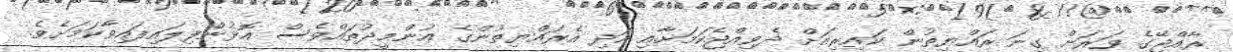
ރާއްޖޭގެ ވަރަށް ގިނަ ރައްޔިތުން ކައިރިއަށް ދެވިއްޖެކަމަށާއި އަދި އެރައްޔިތުންގެ އުންމީދުތައްވެސް އޮޅުންފިލައިފައިވާކަމަށެވެ.